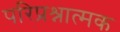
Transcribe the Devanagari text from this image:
परिप्रश्नात्मक